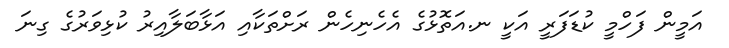
އަމީން ފަހްމީ ކުޑަފަރީ އަކީ ނ.އަތޮޅުގެ އެހެނިހެން ރަށްތަކާއި އަޅާބަލާއިރު ކުޅިވަރުގެ ގިނަ